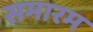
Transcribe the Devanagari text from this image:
समारम